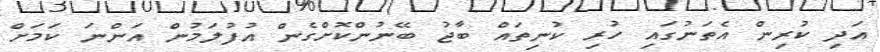
އަދި ކުރިން އެތަނުގައި ހުރި ކުނިތައް ބާޖު ބޭނުންކޮށްގެން އުފުލަމުން އަންނަ ކަމަށް